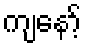
ကျနော့်